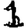
Digit: 1